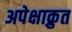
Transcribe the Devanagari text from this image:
अपेक्षाक्रुत